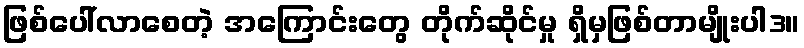
ဖြစ်ပေါ်လာစေတဲ့ အကြောင်းတွေ တိုက်ဆိုင်မှု ရှိမှဖြစ်တာမျိုးပါ3။